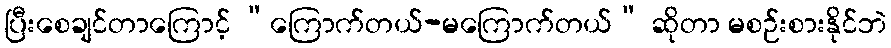
ပြီးစေချင်တာကြောင့် “ကြောက်တယ်-မကြောက်တယ်” ဆိုတာ မစဉ်းစားနိုင်ဘဲ